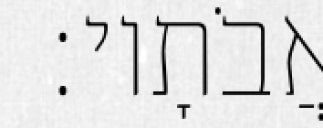
אֲבֹתָיו׃